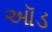
ઑડ